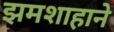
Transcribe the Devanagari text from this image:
झमशाहाने